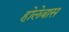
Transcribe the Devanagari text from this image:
होलेबास